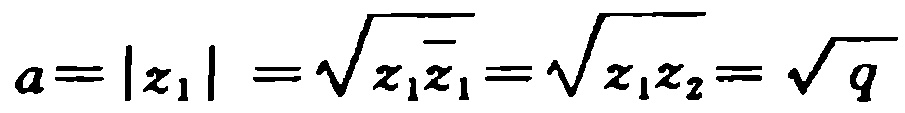
\(a = |z_1|=\sqrt{z_1\overline{z_1}}=\sqrt{z_1z_2}=\sqrt{q}\)